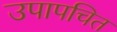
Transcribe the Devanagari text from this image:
उपापचित